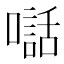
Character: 𫬃